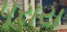
પૂરાય